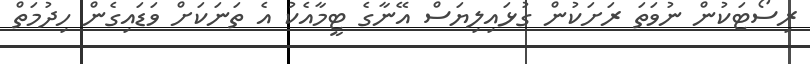
ރިސޯޓަކުން ނުވަތަ ރަށަކުން ގުޅައިލިޔަސް އޭނާގެ ޓީމާއެކު އެ ތަނަކަށް ވަޑައިގެން ހިދުމަތް